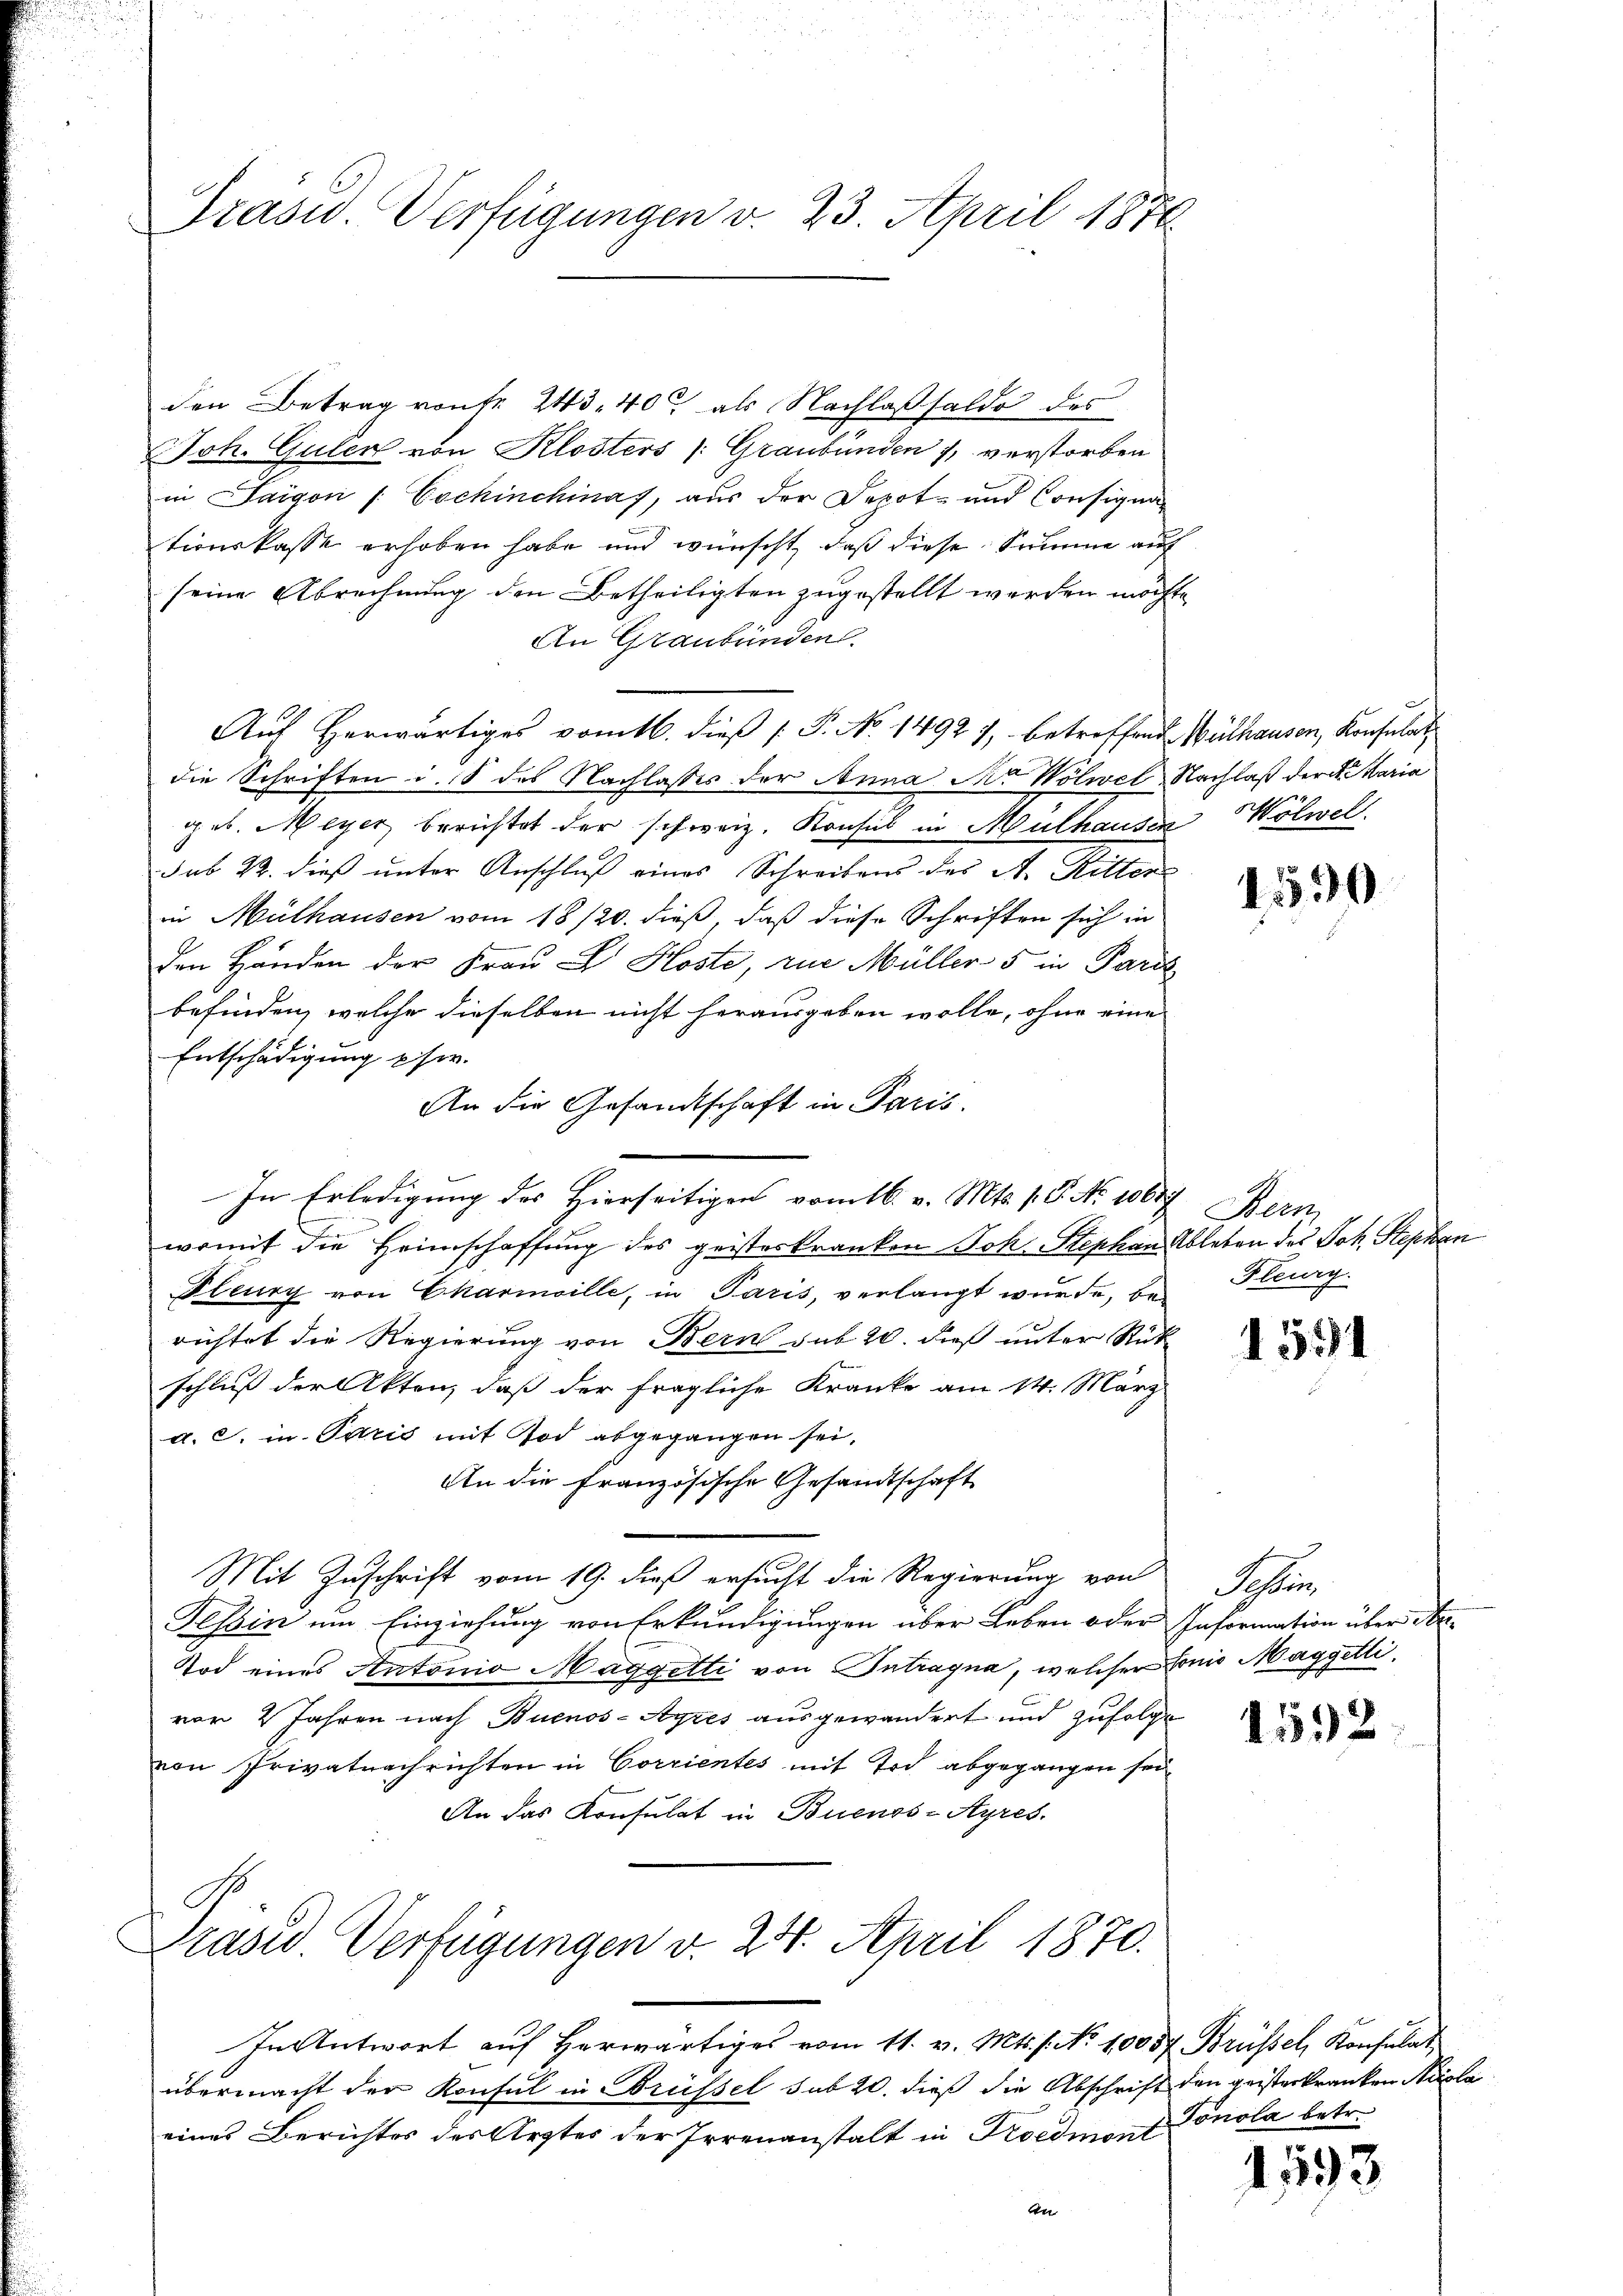
Grasw. Verfügungen v. 23. April 1876

den Betrag von fr. 243. 40 als Nachlaßsaldo des
Joh. Gulen von Klosters (Graubünden 1, verstorben
in Sargon /: Cochinchinas, aus der Depot- und Consignationskasse erhoben habe und wünscht, daß diese Summe auf
seine Abrechnung den Betheiligten zugestellt werden möchte
An Graubünden.
Auf Herwärtiges vom 16. dieß [ P. No. 1492 7, betreffende Wülhausen, Konsulat
die Schriften d. 8 des Nachlasses der Anna M. Wölwel Nachlaß der k. Maria
ges. Meyer berichtet der schweiz. Konsul in Mulhausen Wölwell
sub 22. dieß unter Anschluß eines Schreibens des A. Ritten
in Mülhausen vom 18/20. dieß, daß diese Schriften sich in
den Händen der Frau Dr. Koste, zur Müller 5 in Pari
befinden, welche dieselben nicht herausgeben wolle, ohne eine
Entschädigung psor.
An die Gesandtschaft in Paris.
In Erledigung des Hierseitigen vom 16. v. Mts. 1. P. Nr. 10677. Bern,
womit die Heimschaffung des geisteskranken Joh. Stephan Ableben des Joh. Stephan
Fleury von Charmoille, in Paris, verlangt wurde, berichtet die Regierung von Bern sub 20. dieß unter Rück-
schluß der Akten, daß der fragliche Kranke am 14. März
a. c. in Paris mit Tod abgegangen sei.
An die Französische Gesandtschaft
Mit Zuschrift vom 19. dieß ersucht die Regierung von
Tessin ein Einziehung von Erkundigungen über Leben oder Information über An¬
Tod eines Antonio Maggetti von Intragna, welcher Honio Maggetti,
vor 2 Jahren nach Buenos-Ayres ausgewandert und zufolge
von Privatnachrichten in Corrientes mit Tod abgegangen sei
An das Konsulat in Buenos-Ayres.

Präsid. Verfügungen v. 24. April 1870.

In Antwort auf Herwärtiges vom 11. v. Mts. s. No 10057 Brüssel, Konsulat
übermacht der Konsul in Brüssel sub 20. dieß die Abschrift den geisterkranken Nicola
eines Berichtes des Arztes der Irrenanstalt in Koedmont

1530

Flurg

1551

Sohlen

1592

Tonola betr.

1593